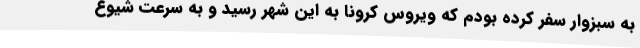
به سبزوار سفر کرده بودم که ویروس کرونا به این شهر رسید و به سرعت شیوع